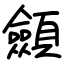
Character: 顩